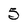
Character: 5